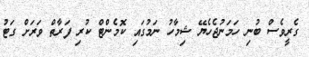
ގެރީވެސް ބުނި ހަމަނުޖެހެޔޭ ޝިމާހު ނަމުގައި ކޮމެންޓް ކުރި ފަރާތް ވަރަށް ގަޓު